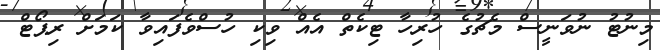
މިނުޓު ނުވަނީސް މެޗުގެ ހުރިހާ ޓިކެތް އެއް ވިކި ހުސްވެފައިވާ ކަމަށް ރިޕޯޓް